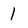
Character: 1